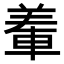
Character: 𨌅